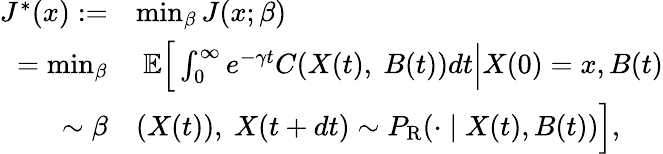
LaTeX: \begin{array}{rl}{J^{*}(x):=}&{\operatorname*{min}_{\beta}J(x;\beta)}\\ {=\operatorname*{min}_{\beta}}&{\ \mathbb{E}\Big[\int_{0}^{\infty}e^{-\gamma t}C(X(t),\ B(t))dt\Big\vert X(0)=x,B(t)}\\ {\sim\beta}&{(X(t)),\ X(t+dt)\sim P_{\mathrm{R}}(\cdot\mid X(t),B(t))\Big],}\end{array}